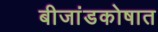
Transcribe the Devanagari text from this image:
बीजांडकोषात